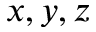
x , y , z